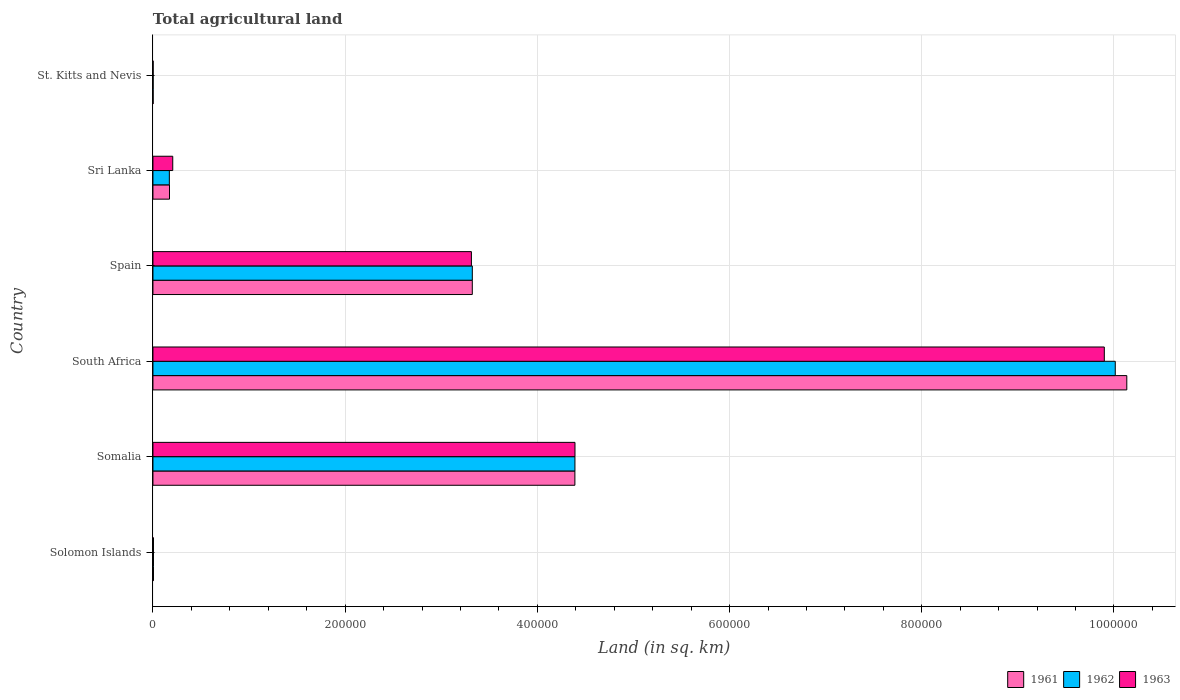
| Country | 1961 | 1962 | 1963 |
 | --- | --- | --- | --- |
 | Solomon Islands | 550 | 550 | 550 |
 | Somalia | 4.39e+05 | 4.39e+05 | 4.39e+05 |
 | South Africa | 1.01e+06 | 1e+06 | 9.9e+05 |
 | Spain | 3.32e+05 | 3.32e+05 | 3.31e+05 |
 | Sri Lanka | 1.72e+04 | 1.71e+04 | 2.06e+04 |
 | St. Kitts and Nevis | 200 | 200 | 200 |